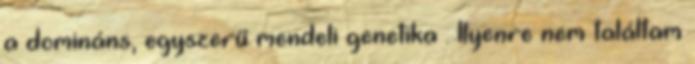
a domináns, egyszerű mendeli genetika . Ilyenre nem találtam